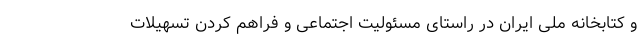
و کتابخانه ملی ایران در راستای مسئولیت اجتماعی و فراهم کردن تسهیلات